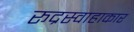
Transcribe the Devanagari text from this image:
रूद्रस्वाहाकार